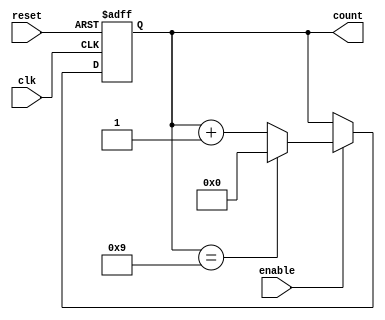
module bcd_counter (
    input wire clk,        // Clock signal
    input wire reset,      // Asynchronous reset signal
    input wire enable,     // Enable signal for counting
    output reg [3:0] count // 4-bit output representing the current BCD value
);

// Asynchronous reset logic and counting mechanism
always @(posedge clk or posedge reset) begin
    if (reset) begin
        count <= 4'b0000; // Reset counter to 0
    end else if (enable) begin
        if (count == 4'b1001) begin
            count <= 4'b0000; // Reset counter to 0 when it reaches 10 (1010)
        end else begin
            count <= count + 1; // Increment counter
        end
    end
end

endmodule